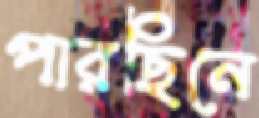
পারছিনে